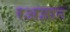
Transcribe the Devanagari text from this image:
रअज्ञात